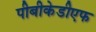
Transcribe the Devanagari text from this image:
पीबीकेडीएफ